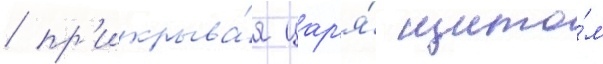
/ пр'икрыва́я цар'я́ щито́м